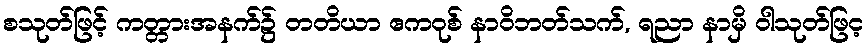
စသုတ်ဖြင့် ကတ္တားအနက်၌ တတိယာ ဧကဝုစ် နာဝိဘတ်သက်, ရညာ နာမှိ ဝါသုတ်ဖြင့